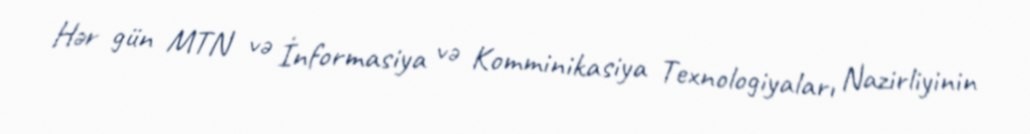
Hər gün MTN və İnformasiya və Komminikasiya Texnologiyaları Nazirliyinin